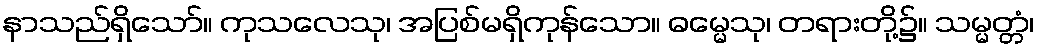
နာသည်ရှိသော်။ ကုသလေသု၊ အပြစ်မရှိကုန်သော။ ဓမ္မေသု၊ တရားတို့၌။ သမ္မတ္တံ၊